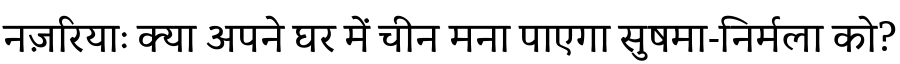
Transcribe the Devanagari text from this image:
नज़रियाः क्या अपने घर में चीन मना पाएगा सुषमा-निर्मला को?